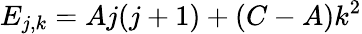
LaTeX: E_{j,k}=Aj(j+1)+(C-A)k^{2}